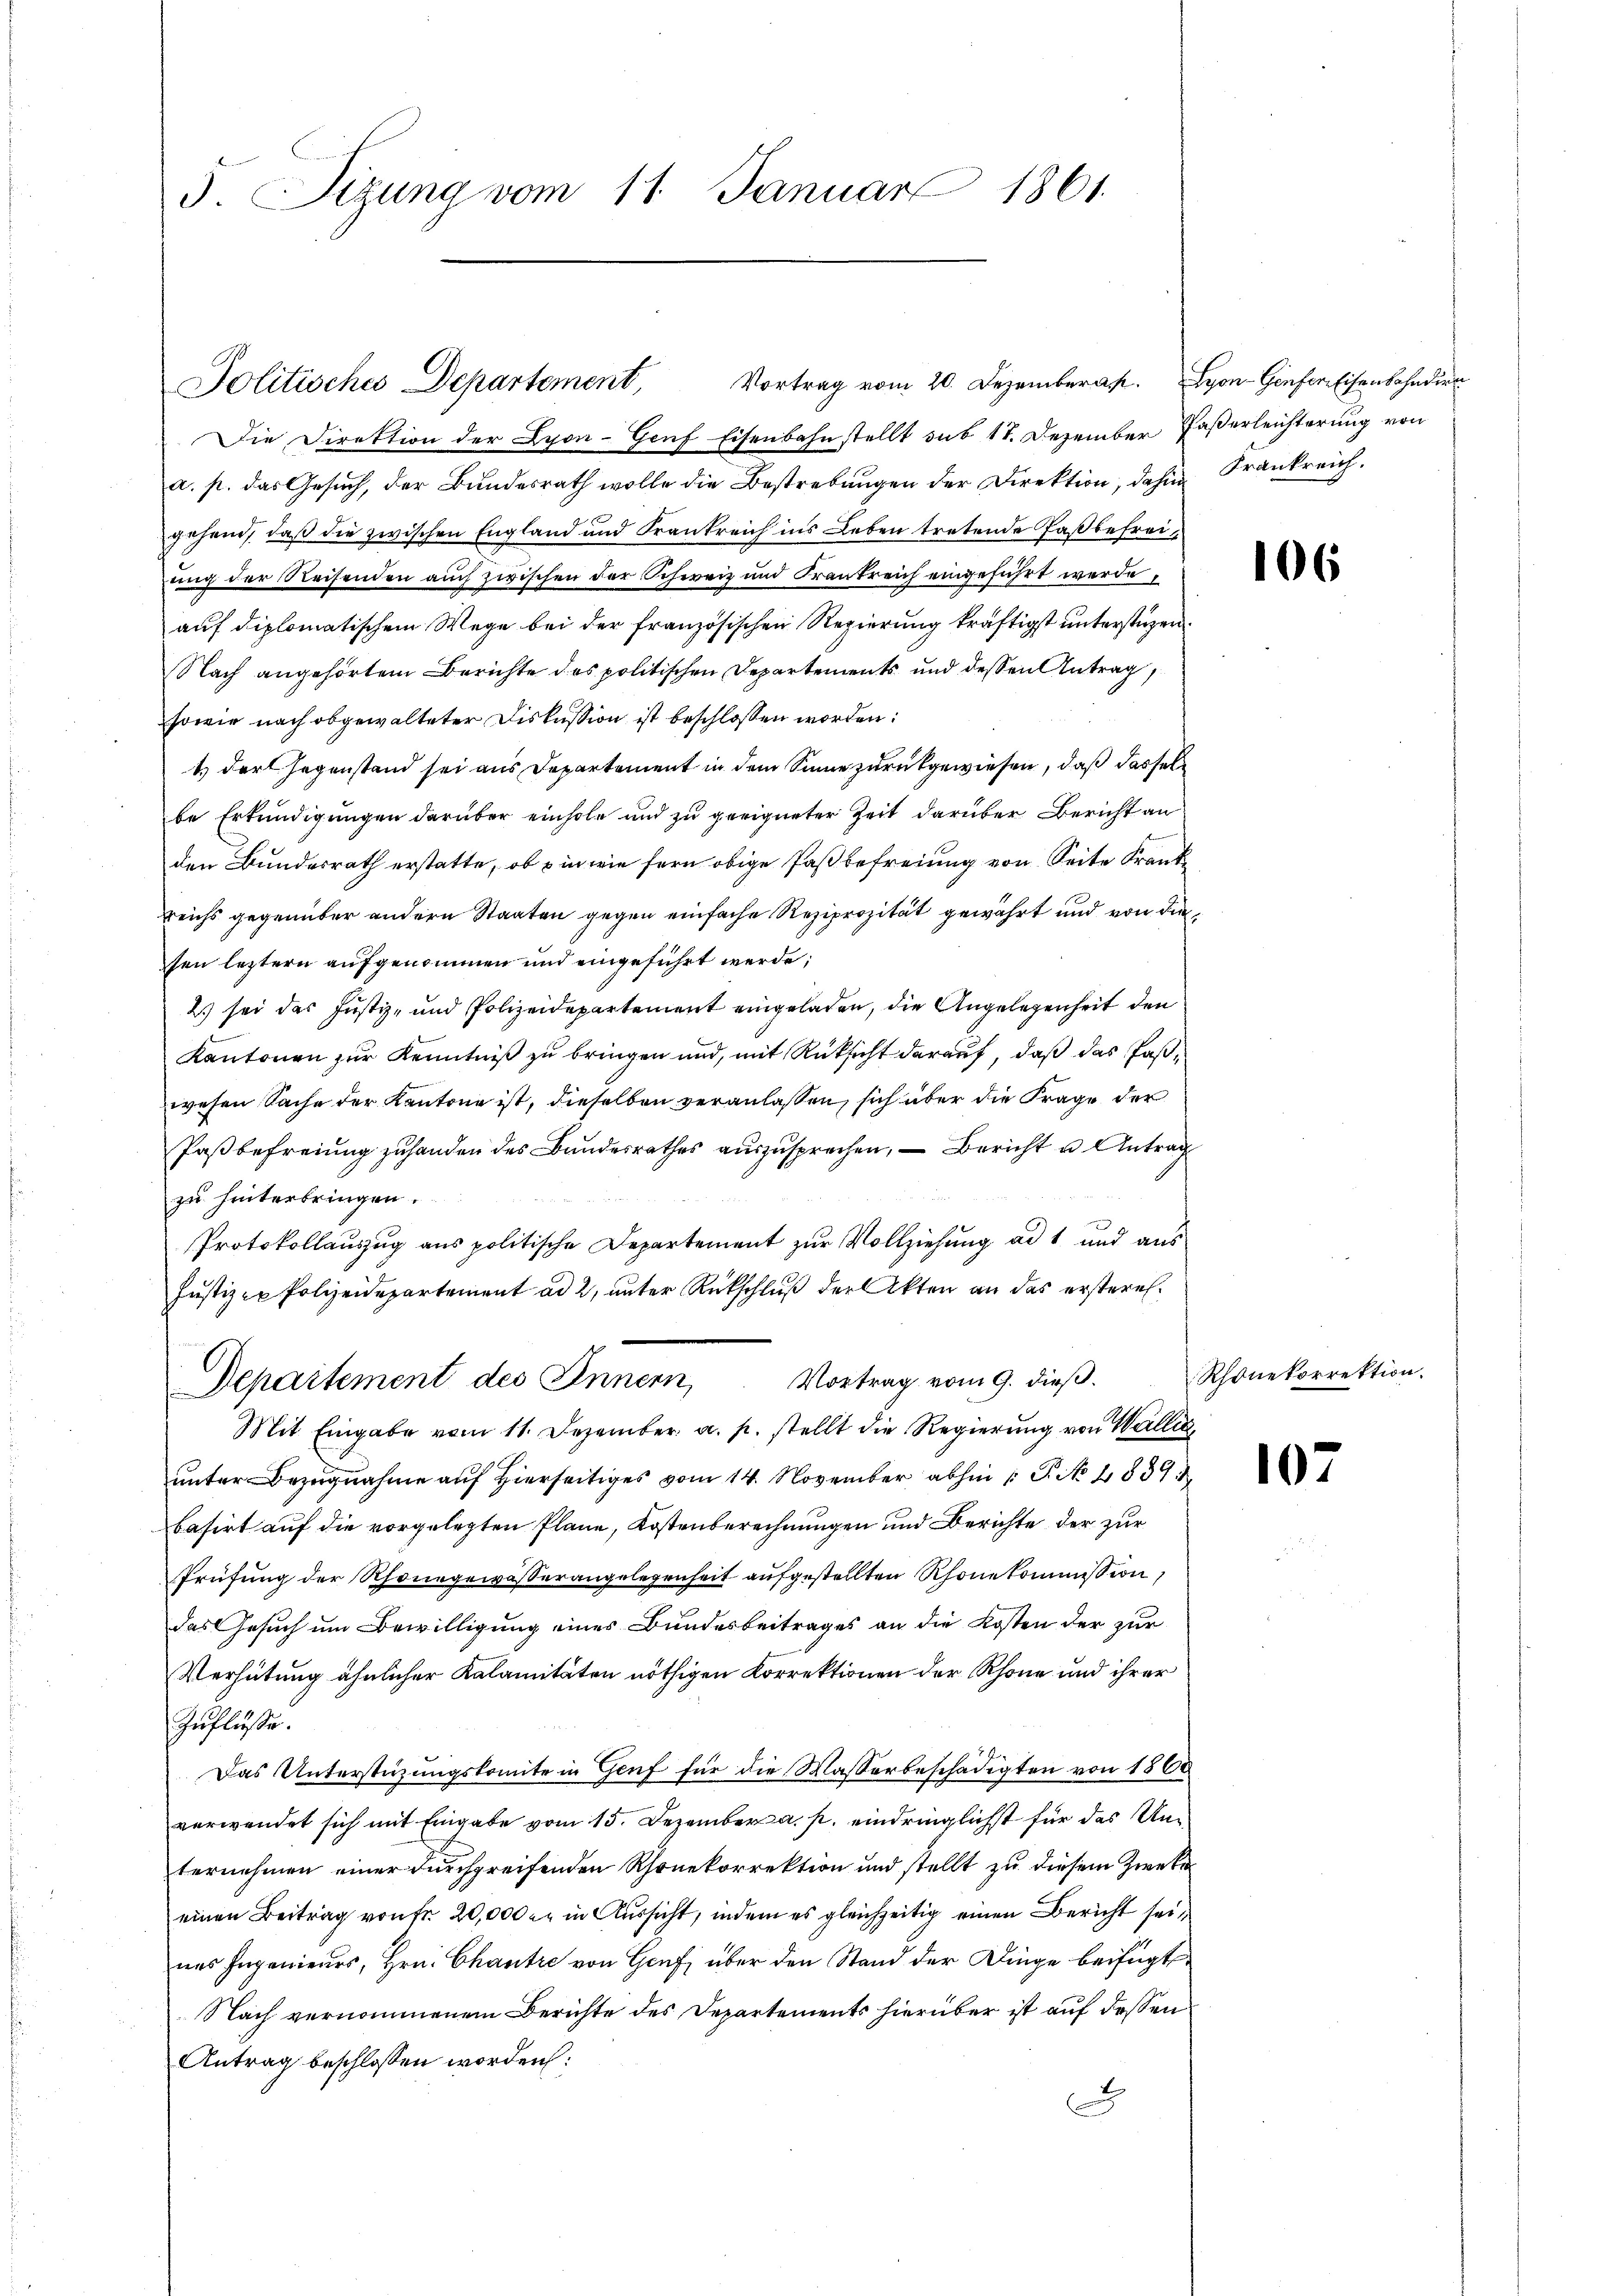
F. Sizung vom 11. Januar 1861.

Die Direktion der Lyon-Genf Eisenbahnstellt sub 17. Dezember Faßerleichterung von
a. p. das Gesuch, der Bundesrath wolle die Bestrebungen der Direktion, dahin Frankreich.
gehend, daß die zwischen England und Frankreich ins Leben tretende Paßbefreiung der Reisenden auch zwischen der Schweiz und Krankreich eingeführt werde,
auf diplomatischem Wege bei der französischen Regierung kräftigst unterstüzen
Nach angehörtem Berichte des politischen Departements und deßen Antrag
sowie nach obgewalteter Diskussion ist beschlossen worden:
1.) Der Gegenstand sei aus Departement in dem Sinne zurückgewiesen, daß dassel
be Erkundigungen darüber einhole und zu geeigneter Zeit darüber Bericht an
den Bundesrath erstatte, ob ein wie fern obige Paßbefreiung von Seite Krank
reichs gegenüber andern Staaten gegen einfache Reziprozität gewährt und von die
sen leztern aufgenommen und eingeführt werde;
2.) sei das Justiz- und Polizeidepartement eingeladen, die Angelegenheit den
Kantonen zur Kenntniß zu bringen und, mit Rücksicht darauf, daß das Paßwesen Sache der Kantone ist, dieselben veranlassen, sich über die Frage der
Paßbefreiung zuhanden des Bandesrathes auszusprechen, — Bericht u Antrag
zu hinterbringen.
Protokollaŭszŭg ans politische Departement zŭr Vollziehŭng ad 1 und aŭs
Justiz er Polizeidepartement ad 2, unter Rückschluß der Akten an das ersteres¬
Departement des Innern, Vortrag vom 9. dieβ.
Mit Eingabe vom 11. Dezember a. p. stellt die Regierung von Wallis,
unter Bezugnahme auf hierseitiges vom 14. November abhin  P. No 4839
basirt auf die vorgelegten Plane, Kostenberechnungen und Berichte der zur
Prüfung der Rhonegewässerangelegenheit aufgestellten Rhone kommission,
das Gesuch um Bewilligung eines Bundesbeitrages an die Kosten der zur
Verhütung ähnlicher Kalamitäten nöthigen Korrektionen der Rhone und ihrer
Zuflüsse.
Das Unterstützungskomite in Genf für die Wasserbeschädigten von 1560
verwendet sich mit Eingabe vom 15. Dezember a. p. eindringlichst für das Unternehmen einer durchgreifenden Rhonekorrektion und stellt zu diesem Zweke
einen Beitrag von fr. 20,000 er in Aussicht, indem es gleichzeitig einen Bericht seines Ingenieurs, Hrn. Chantre von Genf, über den Stand der Dinge beifügt
Nach vernommenem Berichte des Departements hierüber ist auf dessen
Antrag beschlossen worden:
x

Politisches Departement,

Vortrag vom 20. Dezemberal. Lyon - Genfere Eisenbahndire

6

Rhonekorrektion.

107